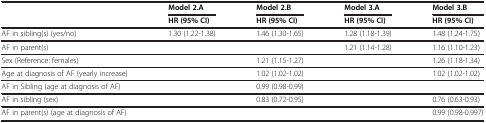
|  | Model 2.A | Model 2.B | Model 3.A | Model 3.B |
 | --- | --- | --- | --- | --- |
 |  | HR (95% CI) | HR (95% CI) | HR (95% CI) | HR (95% CI) |
 | AF in sibling(s) (yes/no) | 1.30 (1.22-1.38) | 1.46 (1.30-1.65) | 1.28 (1.18-1.39) | 1.48 (1.24-1.75) |
 | AF in parent(s) |  |  | 1.21 (1.14-1.28) | 1.16 (1.10-1.23) |
 | Sex (Reference: females) |  | 1.21 (1.15-1.27) |  | 1.26 (1.18-1.34) |
 | Age at diagnosis of AF (yearly increase) |  | 1.02 (1.02-1.02) |  | 1.02 (1.02-1.02) |
 | AF in Sibling (age at diagnosis of AF) |  | 0.99 (0.98-0.99) |  |  |
 | AF in sibling (sex) |  | 0.83 (0.72-0.95) |  | 0.76 (0.63-0.93) |
 | AF in parent(s) (age at diagnosis of AF) |  |  |  | 0.99 (0.98-0.997) |